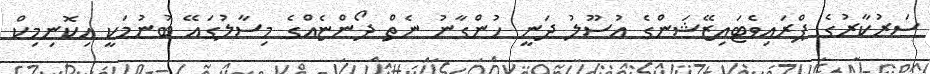
ސަރުކާރުގެ ޕްރައިވެޓައިޒޭޝަންގެ އުސޫލު ދަނީ ހުންގާނު ނެތް ދޯންޏެއްގެ މިސާލުގައޭ ބުނުމަކީ އިކޮނިމިކް